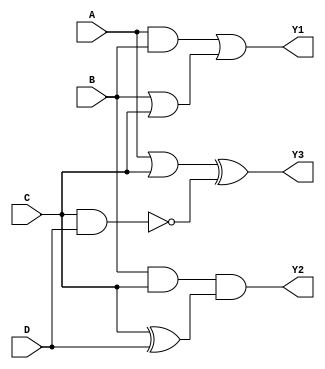
module comb_logic_blocks (
    input wire A,      // Input signal A
    input wire B,      // Input signal B
    input wire C,      // Input signal C
    input wire D,      // Input signal D
    output wire Y1,    // Output for Group 1
    output wire Y2,    // Output for Group 2
    output wire Y3     // Output for Group 3
);

// Group 1: Overlapping signals A, B, and C
wire G1_and, G1_or, G1_not;
assign G1_and = A & B;          // AND operation
assign G1_or  = B | C;          // OR operation
assign G1_not = ~D;             // NOT operation
assign Y1 = G1_and | G1_or;     // Output for Group 1

// Group 2: Overlapping signals B, C, and D
wire G2_and, G2_xor;
assign G2_and = B & C;          // AND operation
assign G2_xor = C ^ D;          // XOR operation
assign Y2 = G2_and & G2_xor;    // Output for Group 2

// Group 3: Overlapping signals A, C, and D
wire G3_or, G3_nand;
assign G3_or   = A | C;         // OR operation
assign G3_nand = ~(C & D);      // NAND operation
assign Y3 = G3_or ^ G3_nand;     // Output for Group 3

endmodule